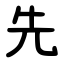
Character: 先